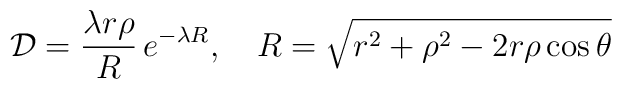
{\cal D} =\frac{\lambda r\rho}{R}\, e^{-\lambda R}, \quad  R=\sqrt{r^2+\rho^2-2r\rho\cos\theta}